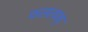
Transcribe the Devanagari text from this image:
फलत्वक्